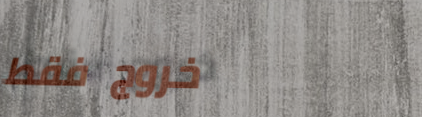
خروج فقط